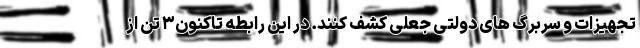
تجهیزات و سربرگ های دولتی جعلی کشف کنند. در این رابطه تاکنون۳ تن از